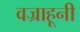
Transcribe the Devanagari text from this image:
वज्राहूनी